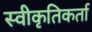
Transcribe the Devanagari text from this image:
स्वीकृतिकर्ता